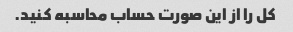
کل را از این صورت حساب محاسبه کنید.